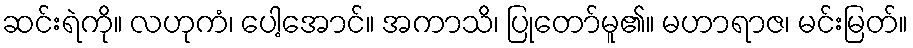
ဆင်းရဲကို။ လဟုကံ၊ ပေါ့အောင်။ အကာသိ၊ ပြုတော်မူ၏။ မဟာရာဇ၊ မင်းမြတ်။